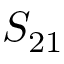
S _ { 2 1 }